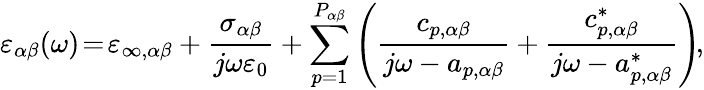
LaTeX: \varepsilon_{\alpha\beta}(\omega)\! =\! \varepsilon_{\infty,\alpha\beta}+\frac{\sigma_{\alpha\beta}}{j\omega\varepsilon_{0}}+\sum_{p=1}^{P_{\alpha\beta}}\left(\frac{c_{p,\alpha\beta}}{j\omega-a_{p,\alpha\beta}}+\frac{c_{p,\alpha\beta}^{*}}{j\omega-a_{p,\alpha\beta}^{*}}\right)\! ,